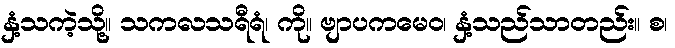
နှံ့သကဲ့သို့။ သကလသရီရံ၊ ကို။ ဗျာပကမေဝ၊ နှံ့သည်သာတည်း။ စ၊